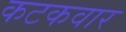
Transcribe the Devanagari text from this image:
कटकवार